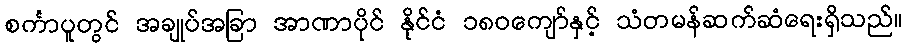
စင်္ကာပူတွင် အချုပ်အခြာ အာဏာပိုင် နိုင်ငံ ၁၈၀ကျော်နှင့် သံတမန်ဆက်ဆံရေးရှိသည်။